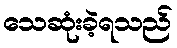
သေဆုံးခဲ့ရသည်